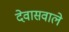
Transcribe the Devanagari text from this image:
देवासवाले